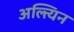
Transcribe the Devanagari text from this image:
अल्त्यिन